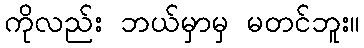
ကိုလည်း ဘယ်မှာမှ မတင်ဘူး။